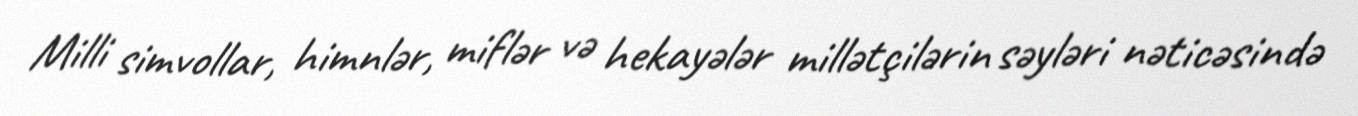
Milli simvollar, himnlər, miflər və hekayələr millətçilərin səyləri nəticəsində